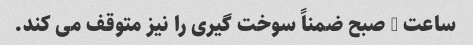
ساعت 8 صبح ضمناً سوخت گیری را نیز متوقف می کند.